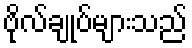
ဗိုလ်ချုပ်များသည်